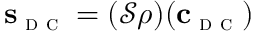
\mathbf { s } _ { \textsc { d c } } = ( \mathcal { S } \rho ) ( \mathbf { c } _ { \textsc { d c } } )